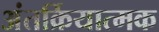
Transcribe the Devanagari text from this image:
अंतर्क्रियात्मक